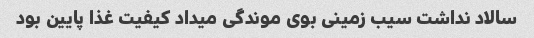
سالاد نداشت سیب زمینی بوی موندگی میداد کیفیت غذا پایین بود